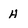
Character: H